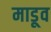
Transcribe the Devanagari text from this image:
माडूव